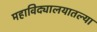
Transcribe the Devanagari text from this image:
महाविद्यालयातल्या